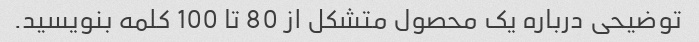
توضیحی درباره یک محصول متشکل از 80 تا 100 کلمه بنویسید.